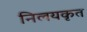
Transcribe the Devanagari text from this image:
निलयकृत